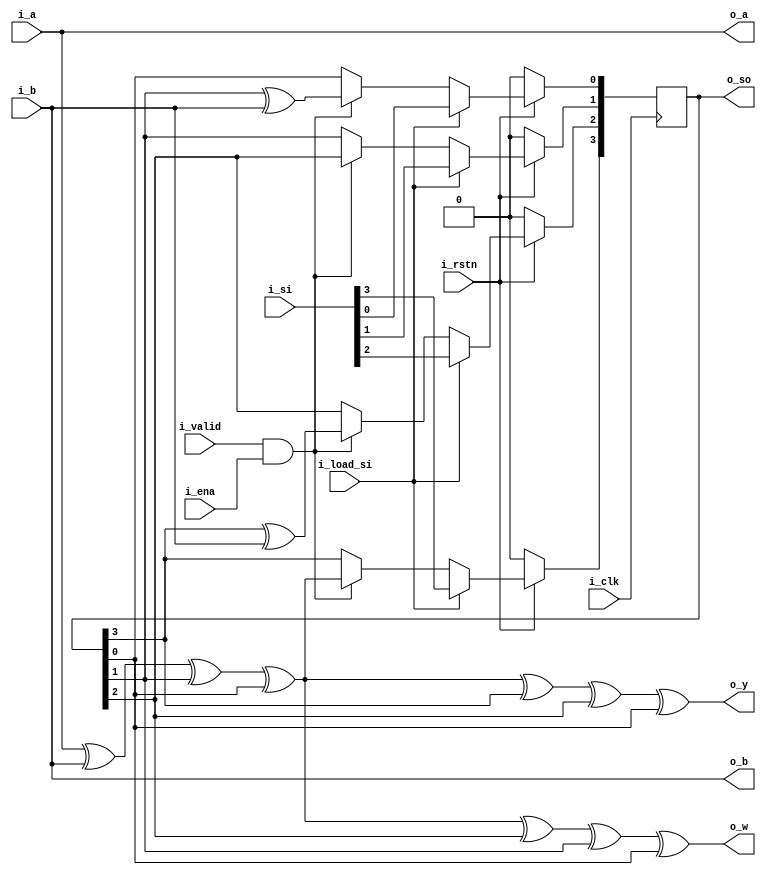
module encoder_core (
    //inputs
    i_clk, 
    i_rstn, 
    i_valid, 
    i_ena, 
    i_load_si, 
    i_a, 
    i_b, 
    i_si, 
    //outputs
    o_a, 
    o_b, 
    o_y, 
    o_w, 
    o_so
);
	
	parameter  MAX_BLOCK_WIDTH	  = 10,
					 P_WIDTH                           = 10,
					 MAX_DATA_WIDTH       =  MAX_BLOCK_WIDTH+2;
					 
    input       i_clk;
    input       i_rstn;
    input       i_valid; 
    input       i_ena; 
    input       i_load_si; 
    input       i_a;
    input       i_b; 
    input[3:0]  i_si;

    output      o_a; 
    output      o_b; 
    output      o_y; 
    output      o_w; 
    output[3:0] o_so;

    reg[3:0]    s_reg;
//
    

    always @(posedge i_clk)
        begin
            if (i_rstn == 0) //
                s_reg <= 0;
            
            else begin
                
                if (i_load_si == 1)
                    s_reg <= i_si;
                else if (i_valid == 1 && i_ena == 1) 
				begin
                    s_reg[3] <= i_a ^ i_b ^ s_reg[1] ^ s_reg[0];
                    s_reg[2] <= s_reg[3] ^ i_b;
                    s_reg[1] <= s_reg[2];
                    s_reg[0] <= s_reg[1] ^ i_b;
                end
                else
                    s_reg <= s_reg;
            
			end
        end
    
    assign o_a = i_a;
    assign o_b = i_b;
    assign o_y = i_a ^ i_b ^ s_reg[1] ^ s_reg[0] ^ s_reg[3] ^ s_reg[2] ^ s_reg[0];
    assign o_w = i_a ^ i_b ^ s_reg[1] ^ s_reg[0] ^ s_reg[2] ^ s_reg[1] ^ s_reg[0];
    assign o_so = s_reg;

endmodule